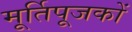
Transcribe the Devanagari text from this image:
मूर्तिपूजकों